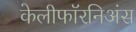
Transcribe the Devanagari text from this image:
केलीफॉरनिअंस